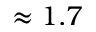
\approx 1 . 7